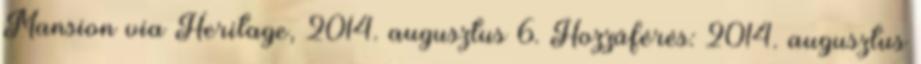
Mansion via Heritage, 2014. augusztus 6. Hozzáférés: 2014. augusztus